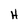
Character: H